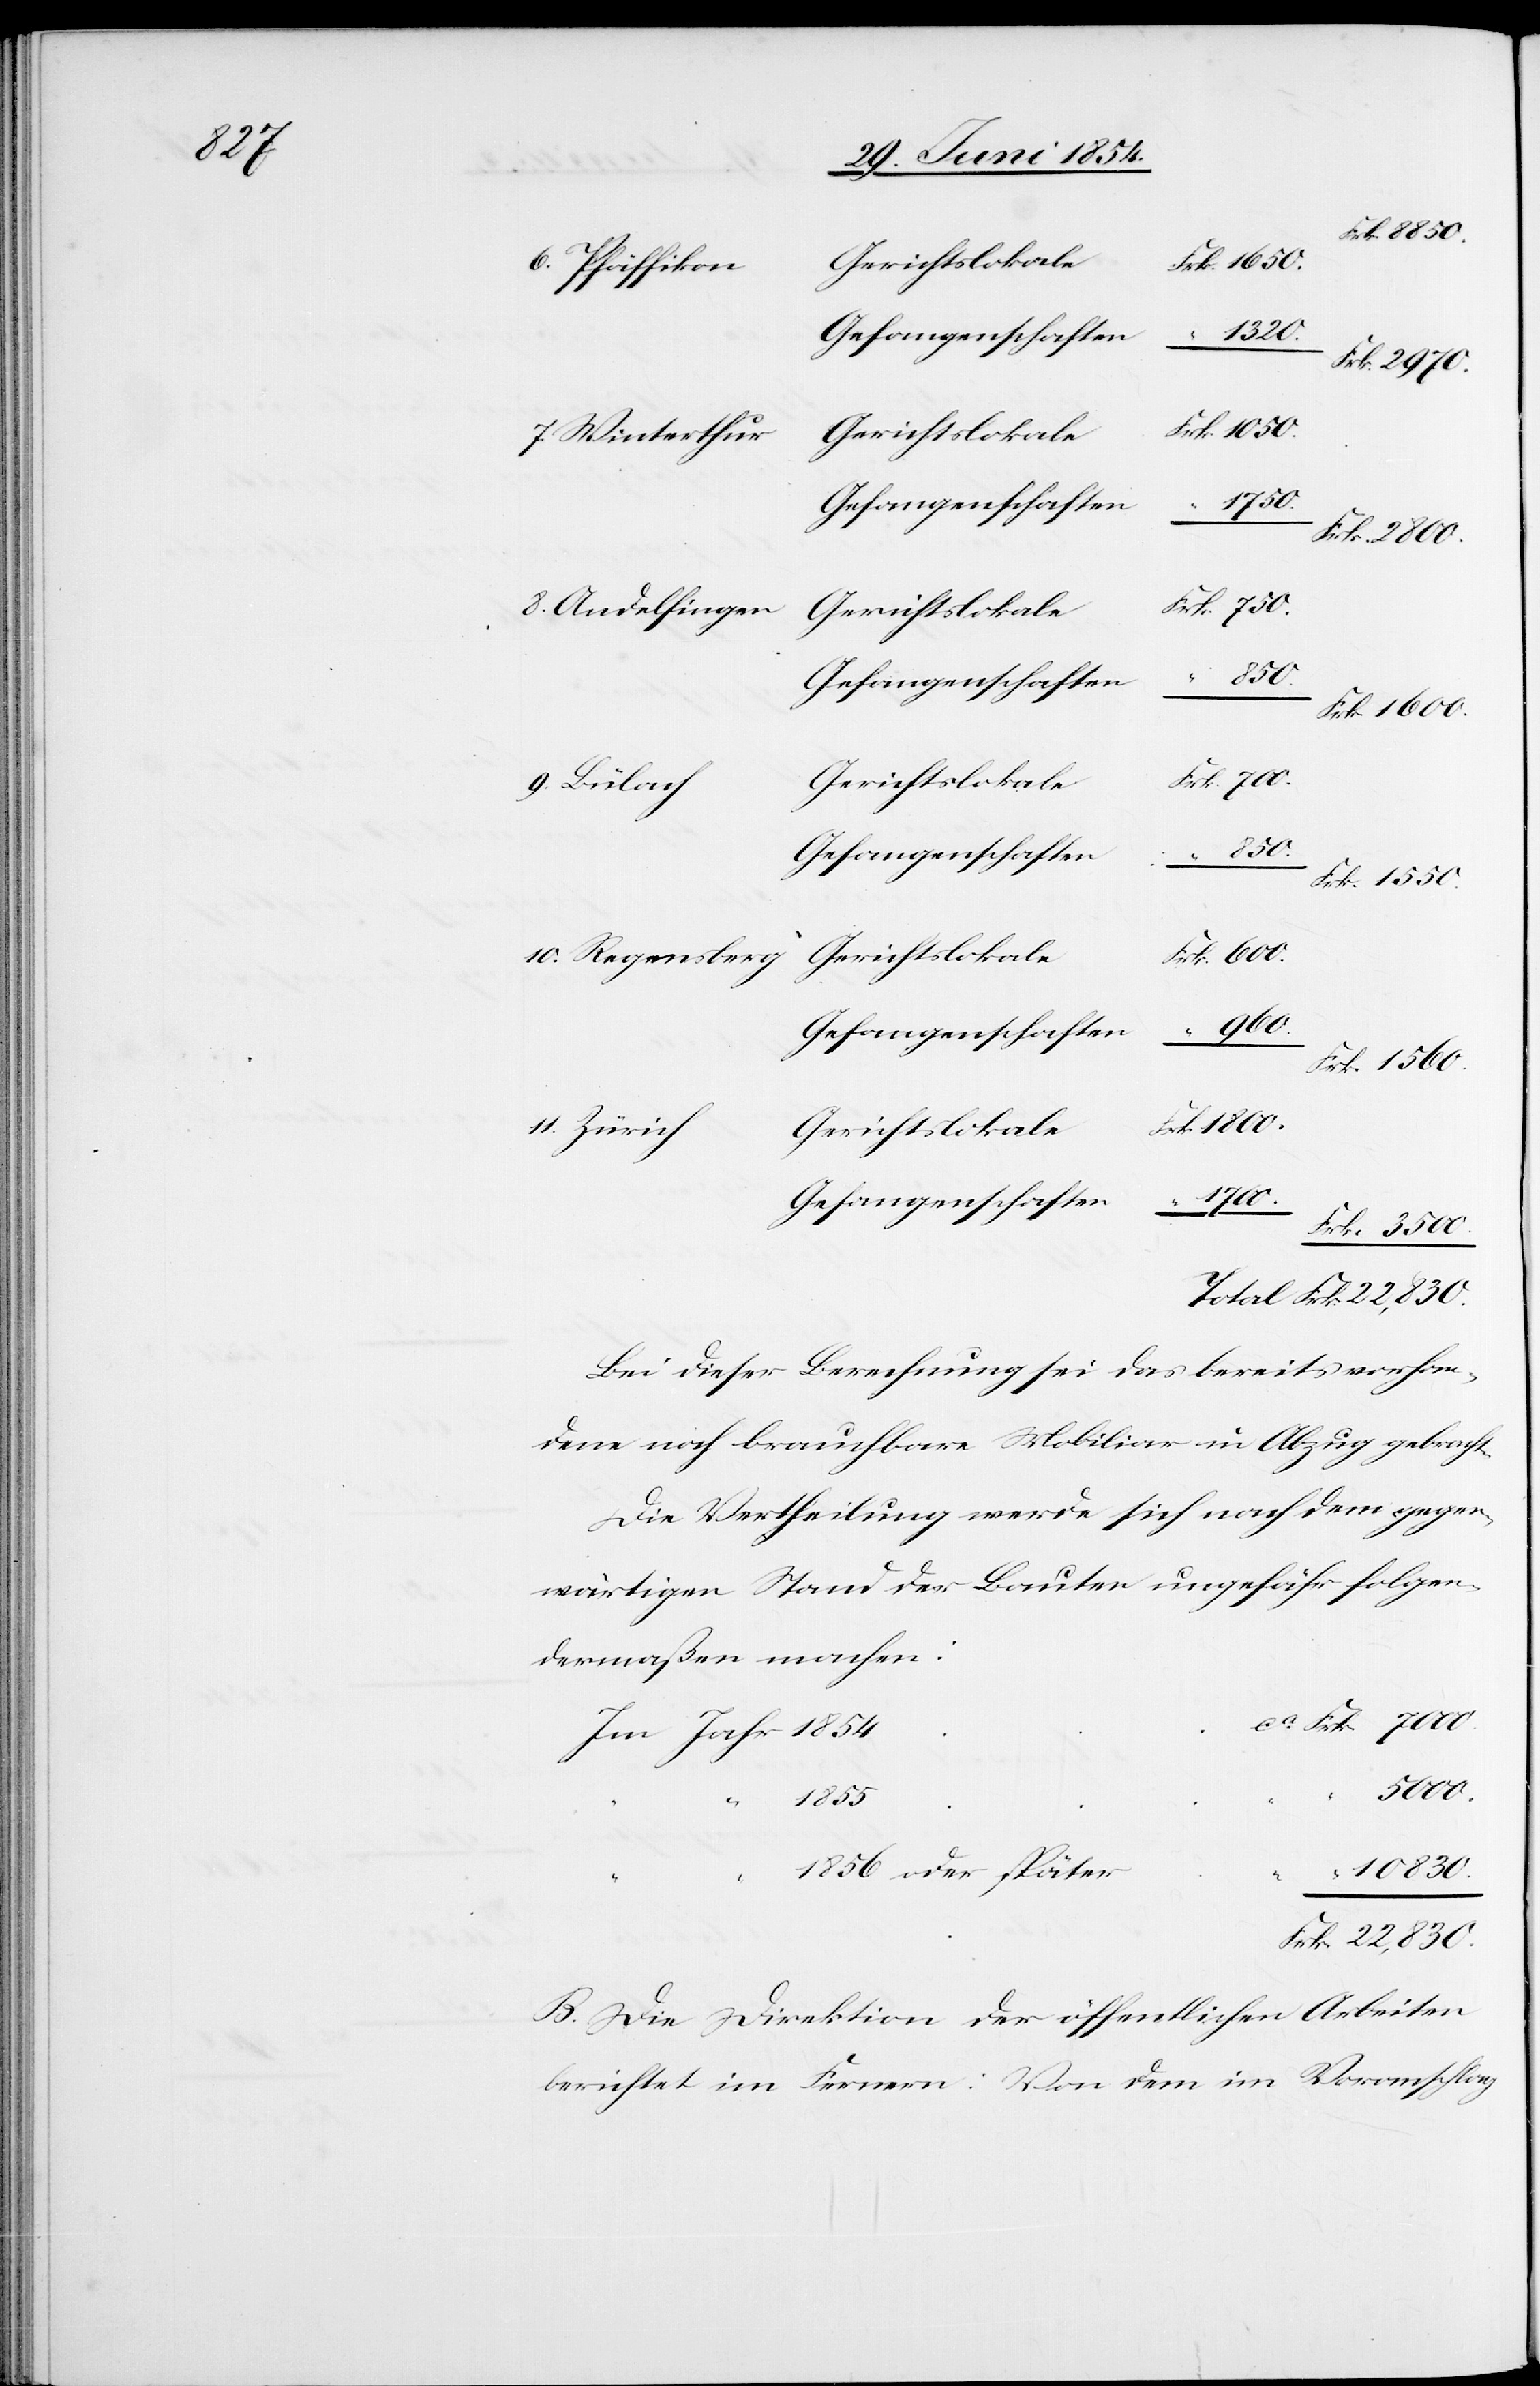
6. Pfäffikon
1800.
Frk. 2970.
Frk. 1550
7. Winterthur
ca
Gefangenschaften
“
8. Andelfingen
Frk. 1600.
Gerichtslokale
9. Bülach
Frk.
10. Regensberg
960.
11. Zürich
1700.
Frk. 3500.
Bei dieser Berechnung sei das bereits vorhan¬
dene noch brauchbare Mobiliar in Abzug gebracht.
Die Vertheilung werde sich nach dem gegen¬
wärtigen Stand der Bauten ungefähr folgen¬
dermaßen machen:
22,830.
1855
10830.
1856 oder später
“
Frk. 22,830.
B. Die Direktion der öffentlichen Arbeiten
berichtet im Fernern: Von dem im Voranschlag